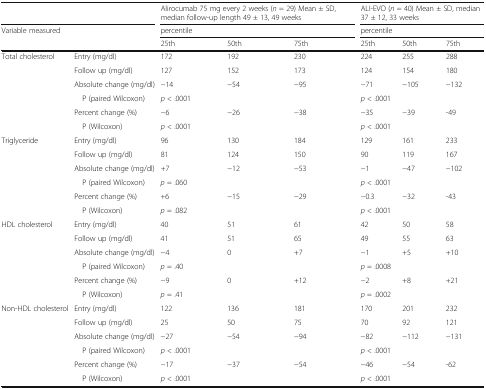
<table><thead><tr><td colspan="2"></td><td colspan="3"><b>Alirocumab 75 mg every 2 weeks (<i>n</i> = 29) Mean ± SD, median follow-up length 49 ± 13, 49 weeks</b></td><td colspan="3"><b>ALI-EVO (<i>n</i> = 40) Mean ± SD, median 37 ± 12, 33 weeks</b></td></tr><tr><td rowspan="2" colspan="2"><b>Variable measured</b></td><td colspan="3"><b>percentile</b></td><td colspan="3"><b>percentile</b></td></tr><tr><td><b>25th</b></td><td><b>50th</b></td><td><b>75th</b></td><td><b>25th</b></td><td><b>50th</b></td><td><b>75th</b></td></tr></thead><tbody><tr><td rowspan="6">Total cholesterol</td><td>Entry (mg/dl)</td><td>172</td><td>192</td><td>230</td><td>224</td><td>255</td><td>288</td></tr><tr><td>Follow up (mg/dl)</td><td>127</td><td>152</td><td>173</td><td>124</td><td>154</td><td>180</td></tr><tr><td>Absolute change (mg/dl)</td><td>−14</td><td>−54</td><td>−95</td><td>−71</td><td>−105</td><td>−132</td></tr><tr><td> P (paired Wilcoxon)</td><td colspan="3"><i>p</i> &lt; .0001</td><td colspan="3"><i>p</i> &lt; .0001</td></tr><tr><td>Percent change (%)</td><td>−6</td><td>−26</td><td>−38</td><td>−35</td><td>−39</td><td>-49</td></tr><tr><td> P (Wilcoxon)</td><td colspan="3"><i>p</i> &lt; .0001</td><td colspan="3"><i>p</i> &lt; .0001</td></tr><tr><td rowspan="6">Triglyceride</td><td>Entry (mg/dl)</td><td>96</td><td>130</td><td>184</td><td>129</td><td>161</td><td>233</td></tr><tr><td>Follow up (mg/dl)</td><td>81</td><td>124</td><td>150</td><td>90</td><td>119</td><td>167</td></tr><tr><td>Absolute change (mg/dl)</td><td>+7</td><td>−12</td><td>−53</td><td>−1</td><td>−47</td><td>−102</td></tr><tr><td> P (paired Wilcoxon)</td><td colspan="3"><i>p</i> = .060</td><td colspan="3"><i>p</i> &lt; .0001</td></tr><tr><td>Percent change (%)</td><td>+6</td><td>−15</td><td>−29</td><td>−0.3</td><td>−32</td><td>-43</td></tr><tr><td> P (Wilcoxon)</td><td colspan="3"><i>p</i> = .082</td><td colspan="3"><i>p</i> &lt; .0001</td></tr><tr><td rowspan="6">HDL cholesterol</td><td>Entry (mg/dl)</td><td>40</td><td>51</td><td>61</td><td>42</td><td>50</td><td>58</td></tr><tr><td>Follow up (mg/dl)</td><td>41</td><td>51</td><td>65</td><td>49</td><td>55</td><td>63</td></tr><tr><td>Absolute change (mg/dl)</td><td>−4</td><td>0</td><td>+7</td><td>−1</td><td>+5</td><td>+10</td></tr><tr><td> P (paired Wilcoxon)</td><td colspan="3"><i>p</i> = .40</td><td colspan="3"><i>p</i> = .0008</td></tr><tr><td>Percent change (%)</td><td>−9</td><td>0</td><td>+12</td><td>−2</td><td>+8</td><td>+21</td></tr><tr><td> P (Wilcoxon)</td><td colspan="3"><i>p</i> = .41</td><td colspan="3"><i>p</i> = .0002</td></tr><tr><td rowspan="6">Non-HDL cholesterol</td><td>Entry (mg/dl)</td><td>122</td><td>136</td><td>181</td><td>170</td><td>201</td><td>232</td></tr><tr><td>Follow up (mg/dl)</td><td>25</td><td>50</td><td>75</td><td>70</td><td>92</td><td>121</td></tr><tr><td>Absolute change (mg/dl)</td><td>−27</td><td>−54</td><td>−94</td><td>−82</td><td>−112</td><td>−131</td></tr><tr><td> P (paired Wilcoxon)</td><td colspan="3"><i>p</i> &lt; .0001</td><td colspan="3"><i>p</i> &lt; .0001</td></tr><tr><td>Percent change (%)</td><td>−17</td><td>−37</td><td>−54</td><td>−46</td><td>−54</td><td>-62</td></tr><tr><td> P (Wilcoxon)</td><td colspan="3"><i>p</i> &lt; .0001</td><td colspan="3"><i>p</i> &lt; .0001</td></tr></tbody></table>